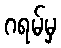
ဂရမ်မှ